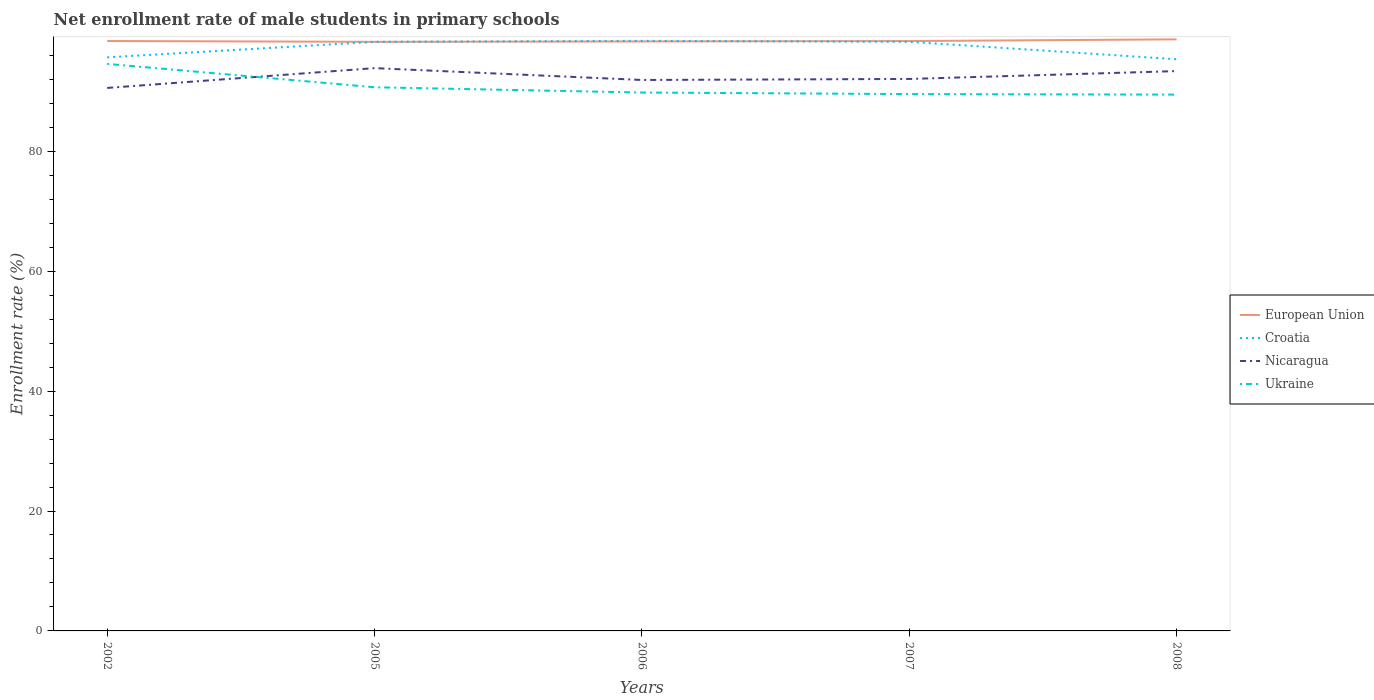
| Years | European Union | Croatia | Nicaragua | Ukraine |
 | --- | --- | --- | --- | --- |
 | 2002 | 98.4 | 95.7 | 90.6 | 94.6 |
 | 2005 | 98.3 | 98.2 | 93.9 | 90.7 |
 | 2006 | 98.3 | 98.4 | 91.9 | 89.8 |
 | 2007 | 98.4 | 98.3 | 92.1 | 89.5 |
 | 2008 | 98.7 | 95.3 | 93.4 | 89.5 |